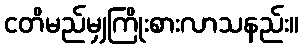
ငတိမည်မျှကြိုးစားလာသနည်း။